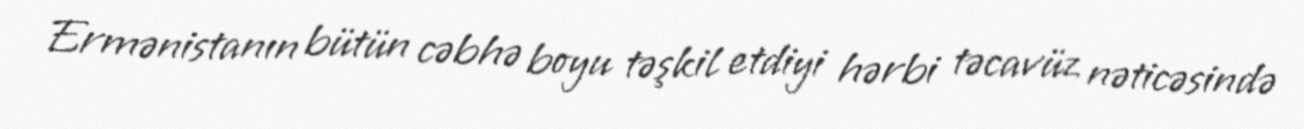
Ermənistanın bütün cəbhə boyu təşkil etdiyi hərbi təcavüz nəticəsində